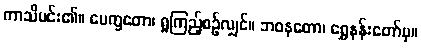
ကာသိမင်း၏။ ပေက္ခတော၊ ရှုကြည့်စဉ်လျှင်။ ဘဝနတော၊ ရွှေနန်းတော်မှ။